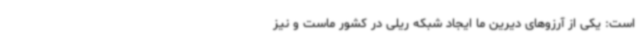
است: یکی از آرزوهای دیرین ما ایجاد شبکه‌ ریلی در کشور ماست و نیز